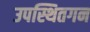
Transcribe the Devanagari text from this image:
उपस्थितगन